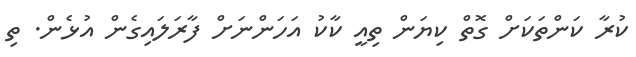
ކުރާ ކަންތަކަށް ގޮތް ކިޔަން ތިއީ ކާކު އަހަންނަށް ފާރަލައިގެން އުޅެން. ތި